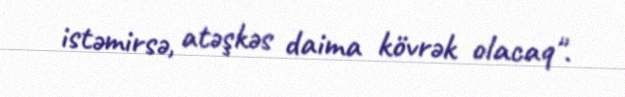
istəmirsə, atəşkəs daima kövrək olacaq".